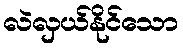
လဲလှယ်နိုင်သော